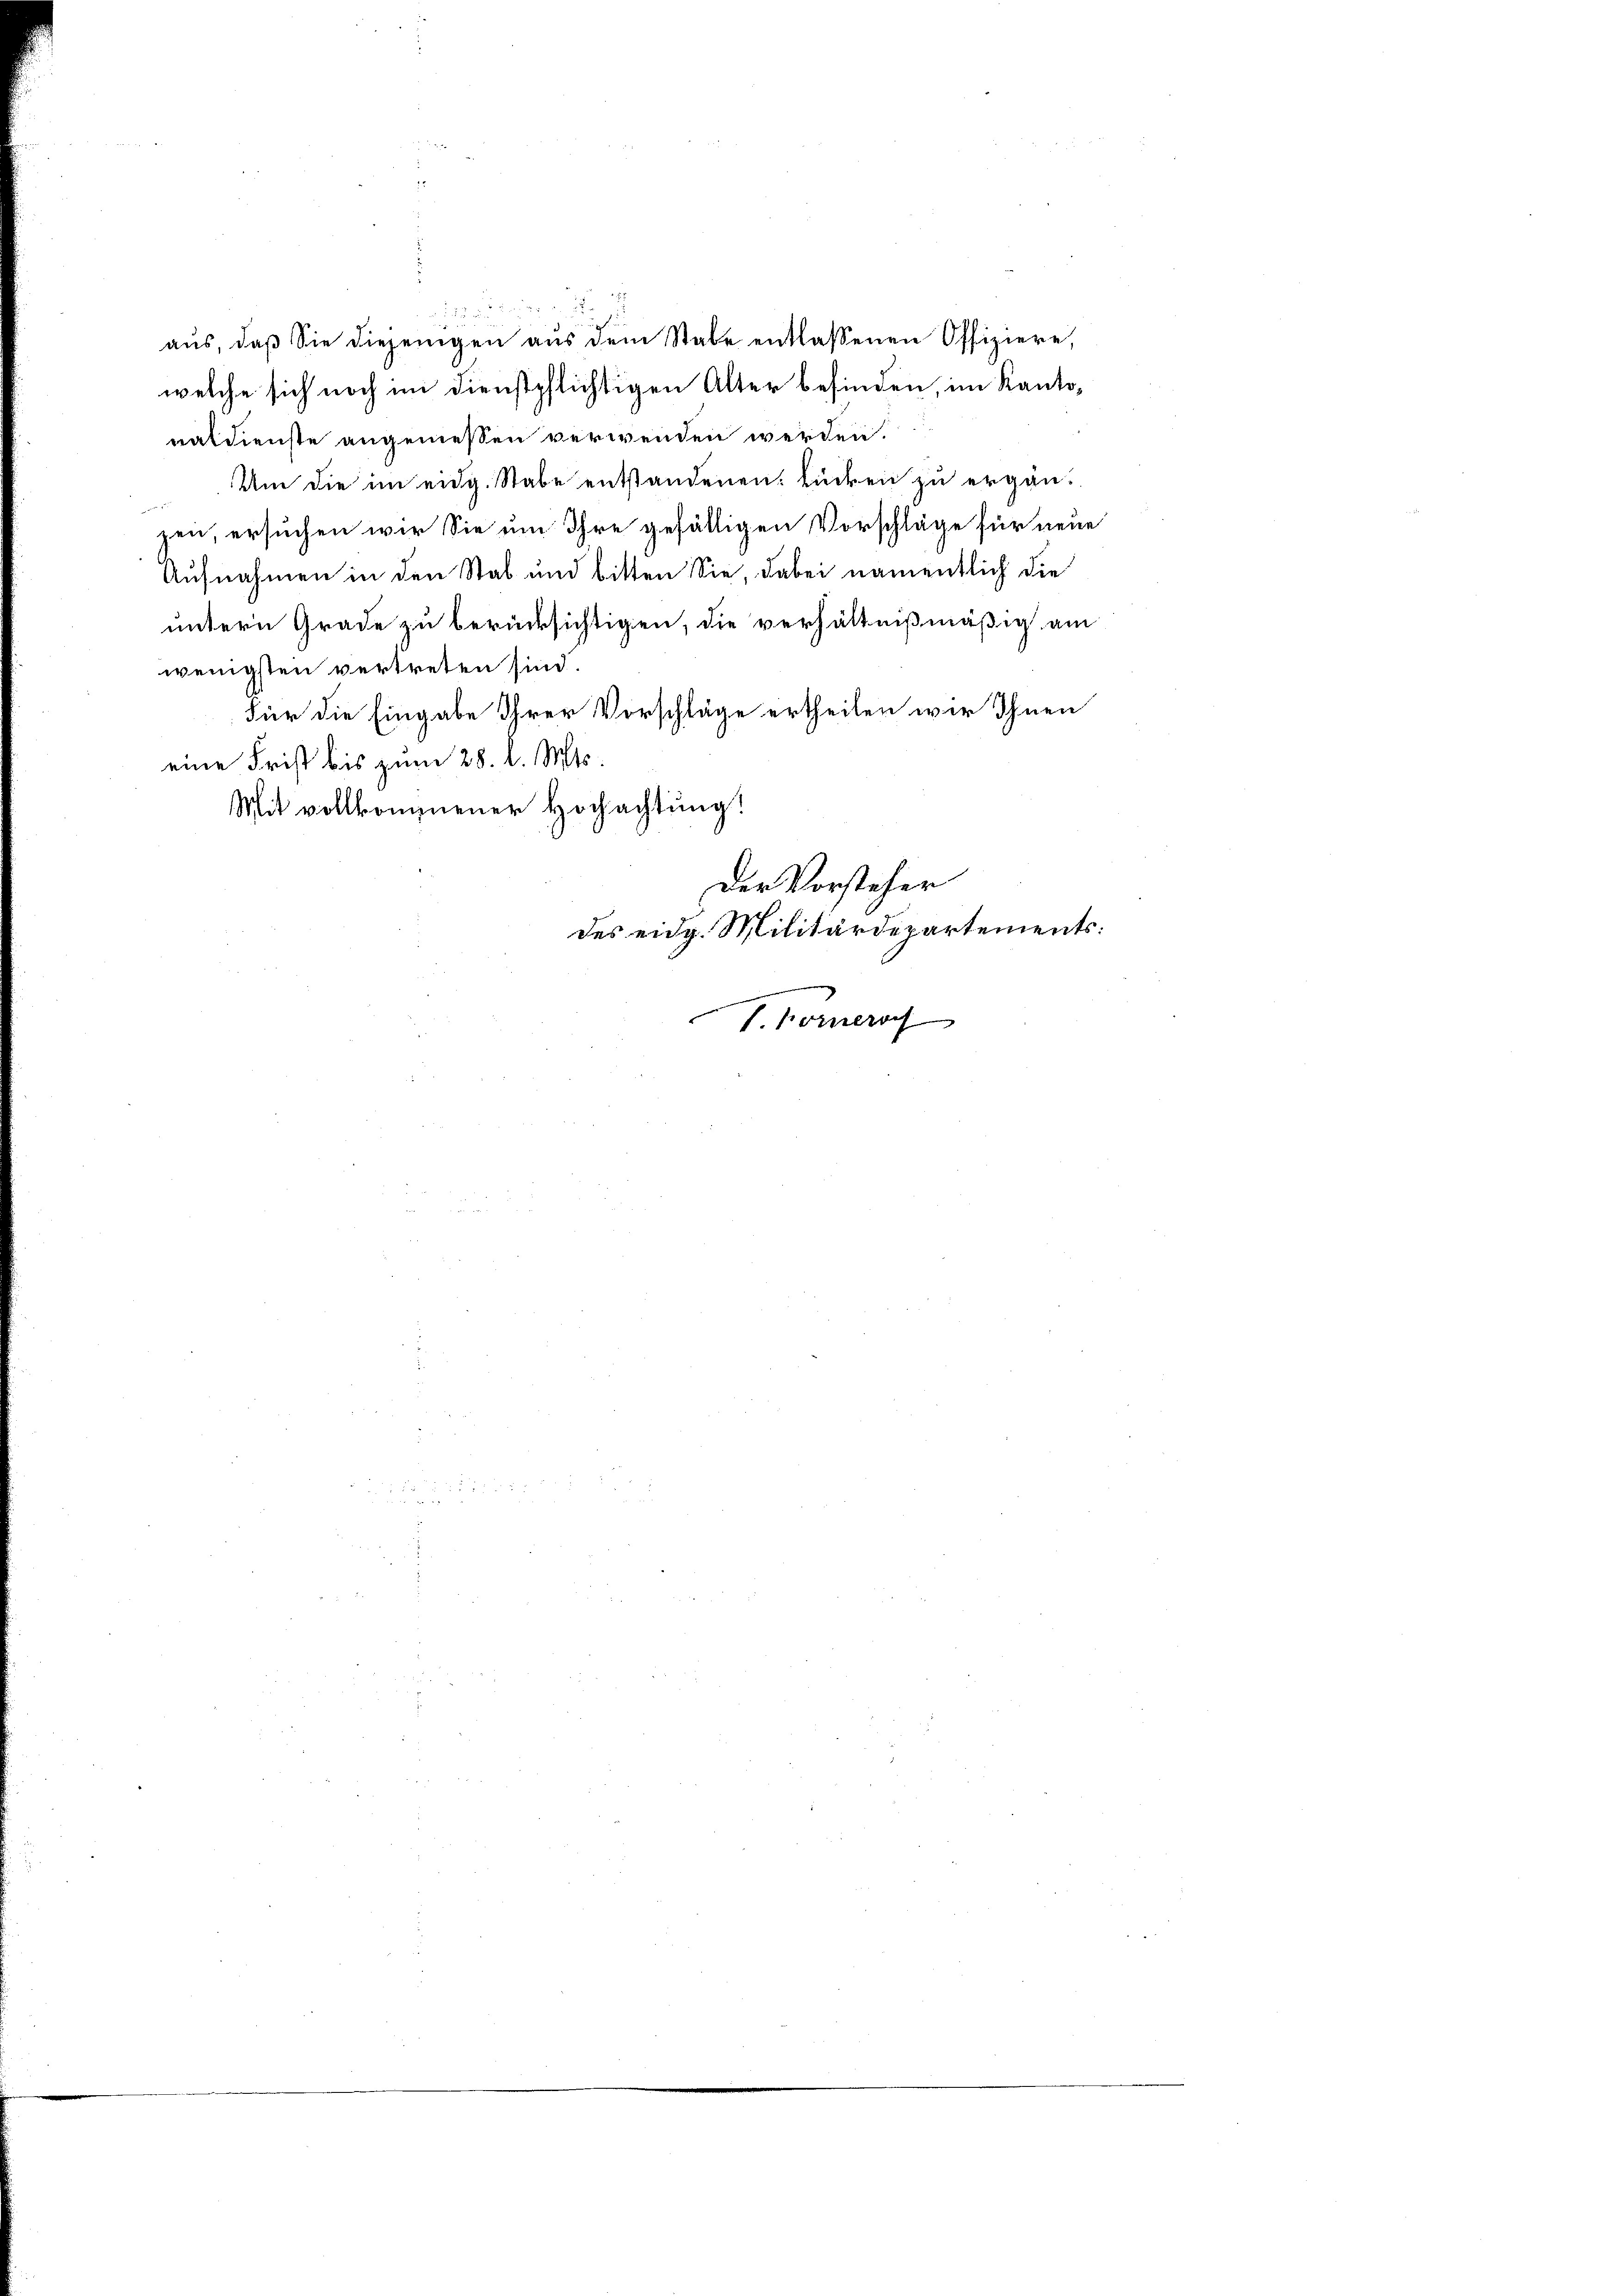
naldienste angemessen verwenden werden.
Um die im eidg. Stabe entstandenen Lücken zu ergän-
zen, ersuchen wir Sie um Ihre gefälligen Vorschläge für neue
Aufnahmen in den Stab und bitten Sie, dabei namentlich die
untern Grade zu berücksichtigen, die verhältnißmäßig, am
wenigsten vertreten sind.
Für die Eingabe Ihrer Vorschläge ertheilen wir Ihnen
eine Frist bis zum 28. d. Mts.
Mit vollkommener Hochachtung!
Der Vorsteher
des eidg. Militärdepartements:
I. Former

u
s hat der
aŭs, daβ sie diejenigen aŭs dem Stabe entlassenen Offiziere,
welche sich noch im Dienstpflichtigen Alter befinden, im Kanto¬